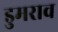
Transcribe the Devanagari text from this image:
डुमराव